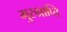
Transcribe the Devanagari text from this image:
गुरुप्राप्ति